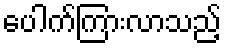
ပေါက်ကြားလာသည့်